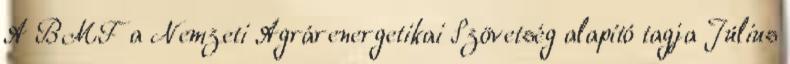
A BMF a Nemzeti Agrárenergetikai Szövetség alapító tagja Július